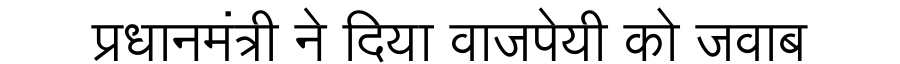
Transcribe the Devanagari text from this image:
प्रधानमंत्री ने दिया वाजपेयी को जवाब